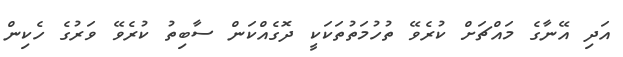
އަދި އޭނާގެ މައްޗަށް ކުރެވޭ ތުހުމަތުތަކަކީ ދޮގެއްކަން ސާބިތު ކުރެވޭ ވަރުގެ ހެކިން